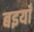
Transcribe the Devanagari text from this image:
बइयाँ